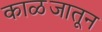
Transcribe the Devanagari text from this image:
काळजातून